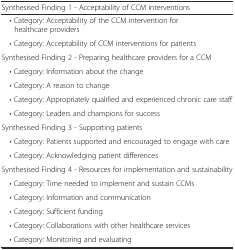
<table><thead><tr><td><b>Synthesised Finding 1 - Acceptability of CCM interventions</b></td></tr></thead><tbody><tr><td> • Category: Acceptability of the CCM intervention forhealthcare providers</td></tr><tr><td> • Category: Acceptability of CCM interventions for patients</td></tr><tr><td>Synthesised Finding 2 - Preparing healthcare providers for a CCM</td></tr><tr><td> • Category: Information about the change</td></tr><tr><td> • Category: A reason to change</td></tr><tr><td> • Category: Appropriately qualified and experienced chronic care staff</td></tr><tr><td> • Category: Leaders and champions for success</td></tr><tr><td>Synthesised Finding 3 - Supporting patients</td></tr><tr><td> • Category: Patients supported and encouraged to engage with care</td></tr><tr><td> • Category: Acknowledging patient differences</td></tr><tr><td>Synthesised Finding 4 - Resources for implementation and sustainability</td></tr><tr><td> • Category: Time needed to implement and sustain CCMs</td></tr><tr><td> • Category: Information and communication</td></tr><tr><td> • Category: Sufficient funding</td></tr><tr><td> • Category: Collaborations with other healthcare services</td></tr><tr><td> • Category: Monitoring and evaluating</td></tr></tbody></table>